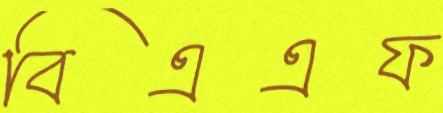
বিএএফ